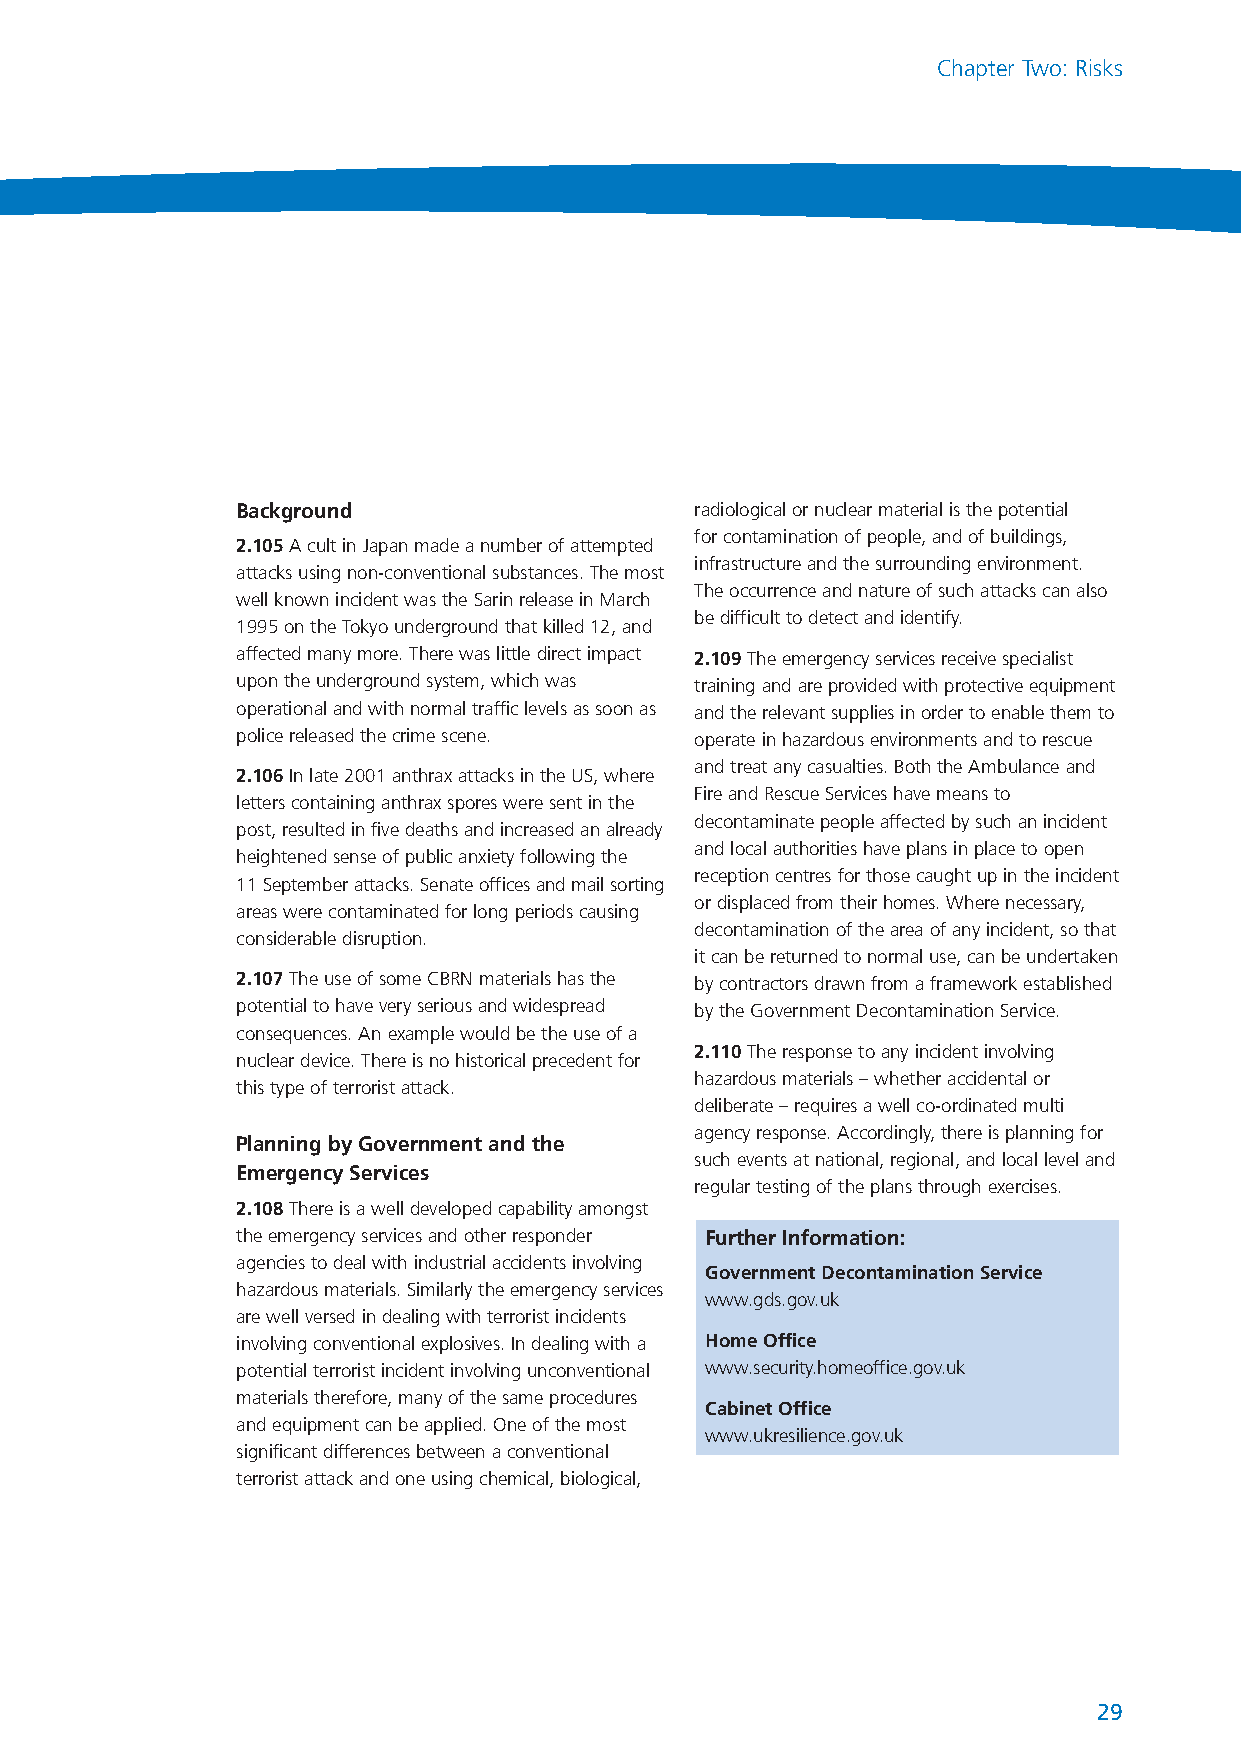
NationalRiskRegister_289116 17/7/08 2:22 pm Page 29
 Chapter Two: Risks
 Background                    radiological or nuclear material is the potential
 for contamination of people, and of buildings,
 2.105A cult in Japan made a number of attempted
 infrastructure and the surrounding environment.
 attacks using non-conventional substances. The most
 The occurrence and nature of such attacks can also
 well known incident was the Sarin release in March
 be difficult to detect and identify.
 1995 on the Tokyo underground that killed 12, and
 affected many more. There was little direct impact 2.109The emergency services receive specialist
 upon the underground system, which was training and are provided with protective equipment
 operational and with normal traffic levels as soon as and the relevant supplies in order to enable them to
 police released the crime scene. operate in hazardous environments and to rescue
 and treat any casualties. Both the Ambulance and
 2.106In late 2001 anthrax attacks in the US, where
 Fire and Rescue Services have means to
 letters containing anthrax spores were sent in the
 decontaminate people affected by such an incident
 post, resulted in five deaths and increased an already
 and local authorities have plans in place to open
 heightened sense of public anxiety following the
 reception centres for those caught up in the incident
 11 September attacks. Senate offices and mail sorting
 or displaced from their homes. Where necessary,
 areas were contaminated for long periods causing
 decontamination of the area of any incident, so that
 considerable disruption.
 it can be returned to normal use, can be undertaken
 2.107The use of some CBRN materials has the by contractors drawn from a framework established
 potential to have very serious and widespread by the Government Decontamination Service.
 consequences. An example would be the use of a
 2.110 The response to any incident involving
 nuclear device. There is no historical precedent for
 hazardous materials – whether accidental or
 this type of terrorist attack.
 deliberate – requires a well co-ordinated multi
 agency response. Accordingly, there is planning for
 Planning by Government and the
 such events at national, regional, and local level and
 Emergency Services
 regular testing of the plans through exercises.
 2.108There is a well developed capability amongst
 the emergency services and other responder Further Information:
 agencies to deal with industrial accidents involving
 Government Decontamination Service
 hazardous materials. Similarly the emergency services
 www.gds.gov.uk
 are well versed in dealing with terrorist incidents
 involving conventional explosives. In dealing with a Home Office
 potential terrorist incident involving unconventional www.security.homeoffice.gov.uk
 materials therefore, many of the same procedures
 Cabinet Office
 and equipment can be applied. One of the most
 www.ukresilience.gov.uk
 significant differences between a conventional
 terrorist attack and one using chemical, biological,
 29